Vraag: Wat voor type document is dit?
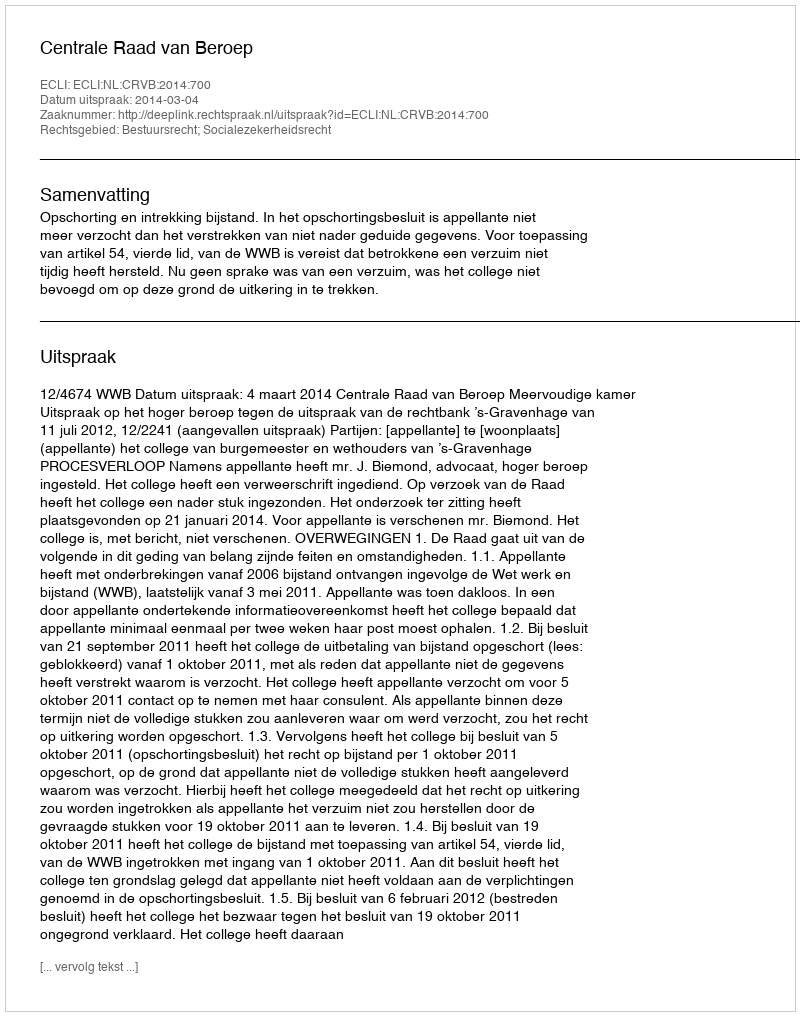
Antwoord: Uitspraak